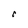
Character: C